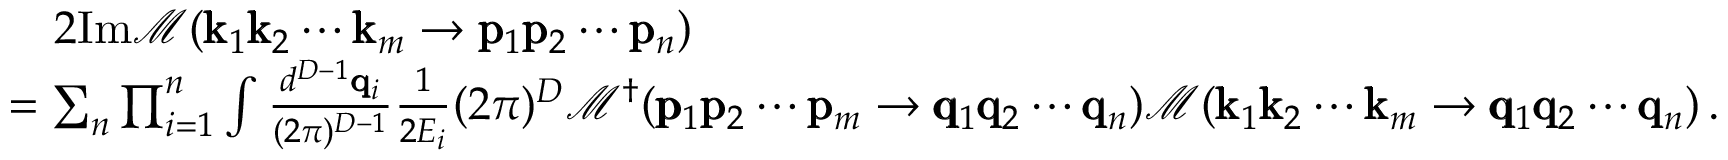
\begin{array} { r l } & { \quad 2 \mathrm { I m } \mathcal { M } ( \pmb { \mathrm { k } } _ { 1 } \pmb { \mathrm { k } } _ { 2 } \cdots \pmb { \mathrm { k } } _ { m } \rightarrow \pmb { \mathrm { p } } _ { 1 } \pmb { \mathrm { p } } _ { 2 } \cdots \pmb { \mathrm { p } } _ { n } ) } \\ & { = \sum _ { n } \prod _ { i = 1 } ^ { n } \int \frac { d ^ { D - 1 } \pmb { \mathrm { q } } _ { i } } { ( 2 \pi ) ^ { D - 1 } } \frac { 1 } { 2 E _ { i } } ( 2 \pi ) ^ { D } \mathcal { M } ^ { \dagger } ( \pmb { \mathrm { p } } _ { 1 } \pmb { \mathrm { p } } _ { 2 } \cdots \pmb { \mathrm { p } } _ { m } \rightarrow \pmb { \mathrm { q } } _ { 1 } \pmb { \mathrm { q } } _ { 2 } \cdots \pmb { \mathrm { q } } _ { n } ) \mathcal { M } ( \pmb { \mathrm { k } } _ { 1 } \pmb { \mathrm { k } } _ { 2 } \cdots \pmb { \mathrm { k } } _ { m } \rightarrow \pmb { \mathrm { q } } _ { 1 } \pmb { \mathrm { q } } _ { 2 } \cdots \pmb { \mathrm { q } } _ { n } ) \, . } \end{array}